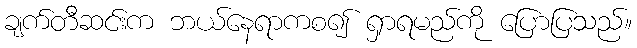
ချက်တီဆင်းက ဘယ်နေရာကစ၍ ရှာရမည်ကို ပြောပြသည်။